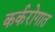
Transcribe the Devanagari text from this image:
कर्करोगात